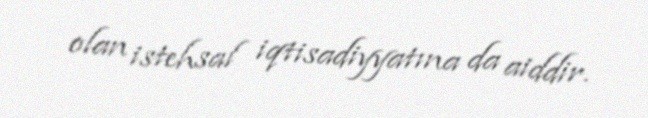
olan istehsal iqtisadiyyatına da aiddir.